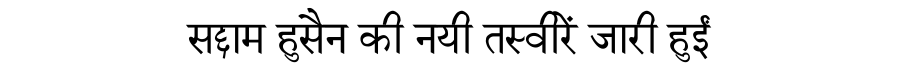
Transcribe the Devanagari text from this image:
सद्दाम हुसैन की नयी तस्वीरें जारी हुईं